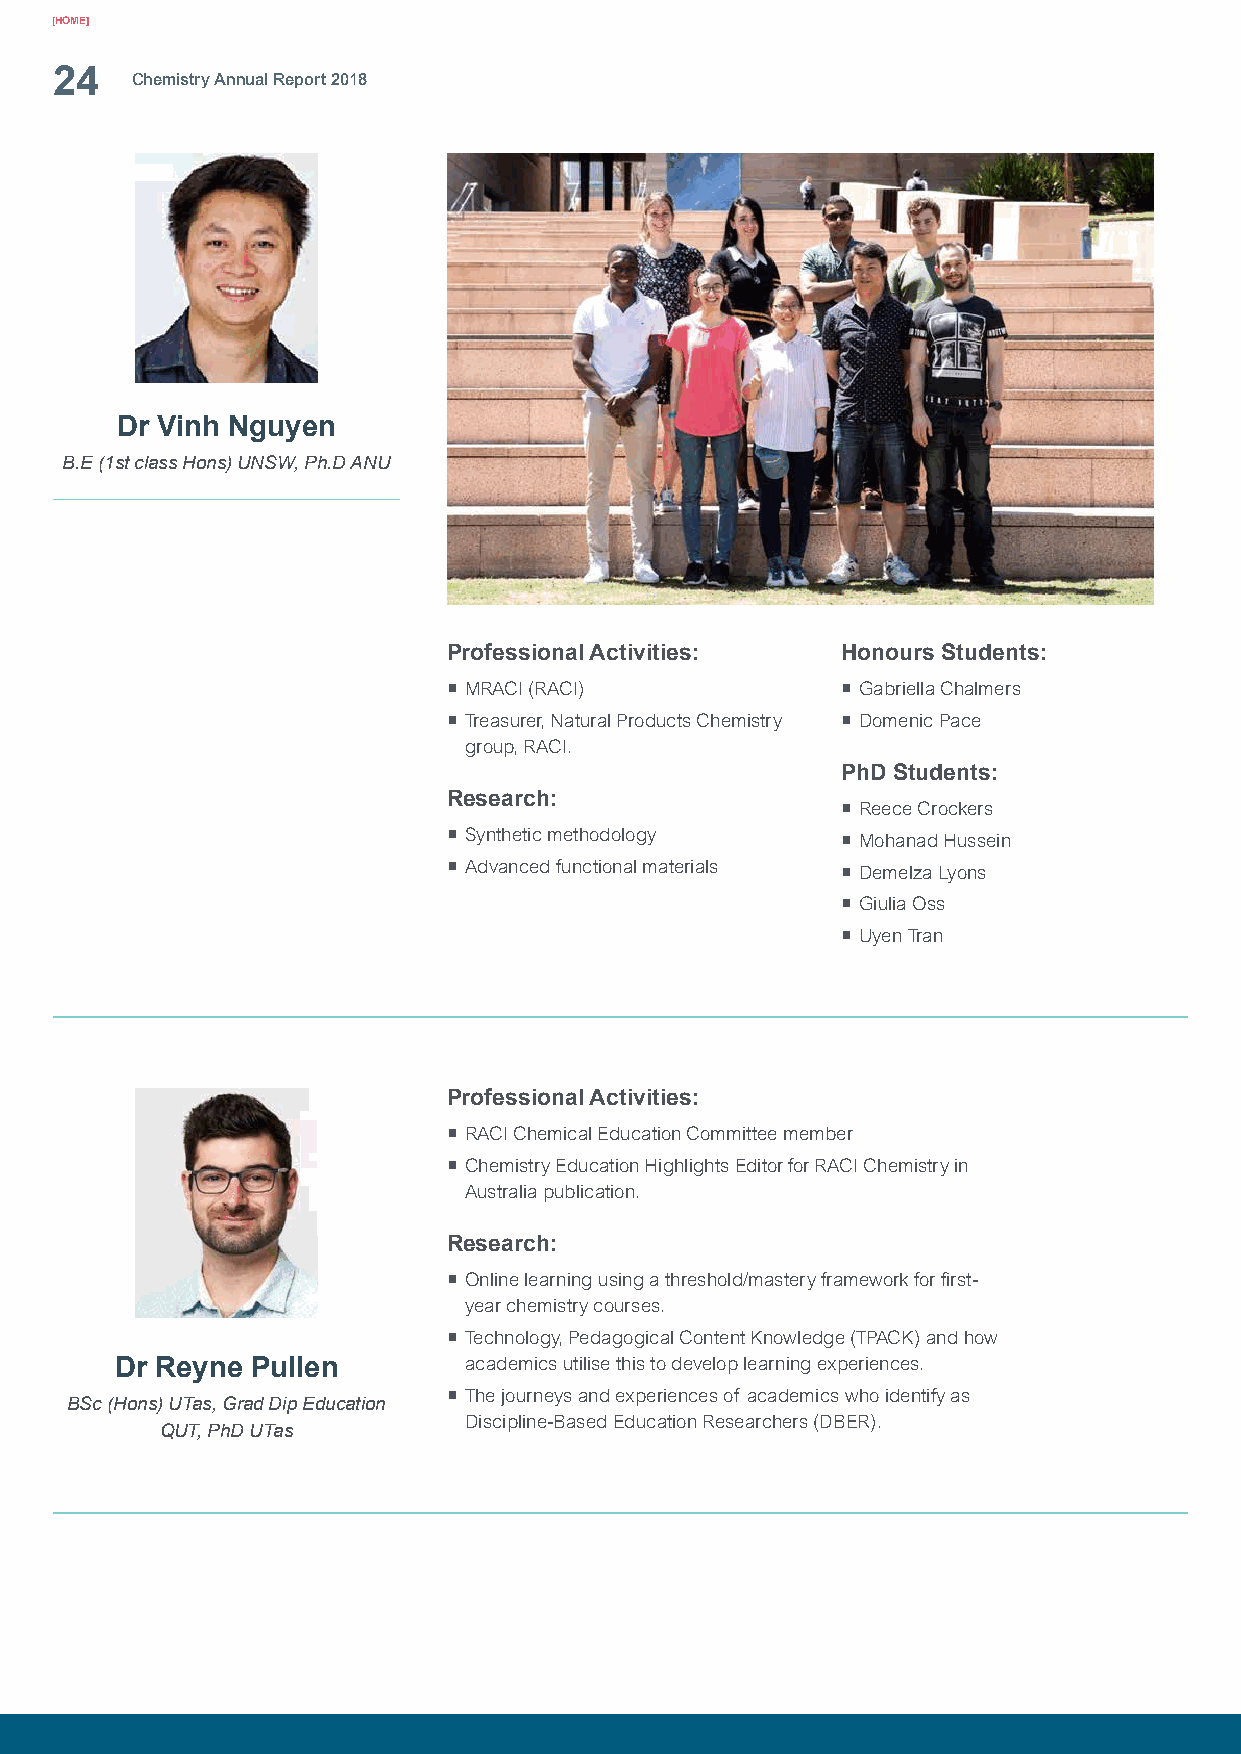
[HOME]
 24
 Chemistry Annual Report 2018
 Dr Vinh Nguyen
 B.E (1st class Hons) UNSW, Ph.D ANU
 Professional Activities:  Honours Students:
 ¡ MRACI (RACI)            ¡ Gabriella Chalmers
 ¡ Treasurer, Natural Products Chemistry ¡ Domenic Pace
 group, RACI.
 PhD Students:
 Research:
 ¡ Reece Crockers
 ¡ Synthetic methodology   ¡ Mohanad Hussein
 ¡ Advanced functional materials ¡ Demelza Lyons
 ¡ Giulia Oss
 ¡ Uyen Tran
 Professional Activities:
 ¡ RACI Chemical Education Committee member
 ¡ Chemistry Education Highlights Editor for RACI Chemistry in
 Australia publication.
 Research:
 ¡ Online learning using a threshold/mastery framework for first-
 year chemistry courses.
 ¡ Technology, Pedagogical Content Knowledge (TPACK) and how
 Dr Reyne Pullen        academics utilise this to develop learning experiences.
 ¡ The journeys and experiences of academics who identify as
 BSc (Hons) UTas, Grad Dip Education
 Discipline-Based Education Researchers (DBER).
 QUT, PhD UTas